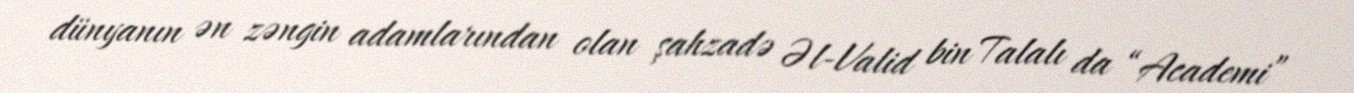
dünyanın ən zəngin adamlarından olan şahzadə Əl-Valid bin Talalı da “Academi”